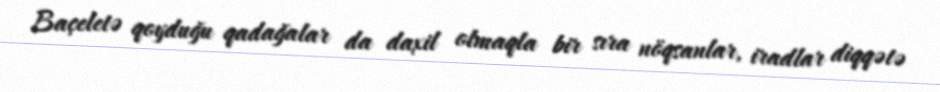
Baçeletə qoyduğu qadağalar da daxil olmaqla bir sıra nöqsanlar, iradlar diqqətə